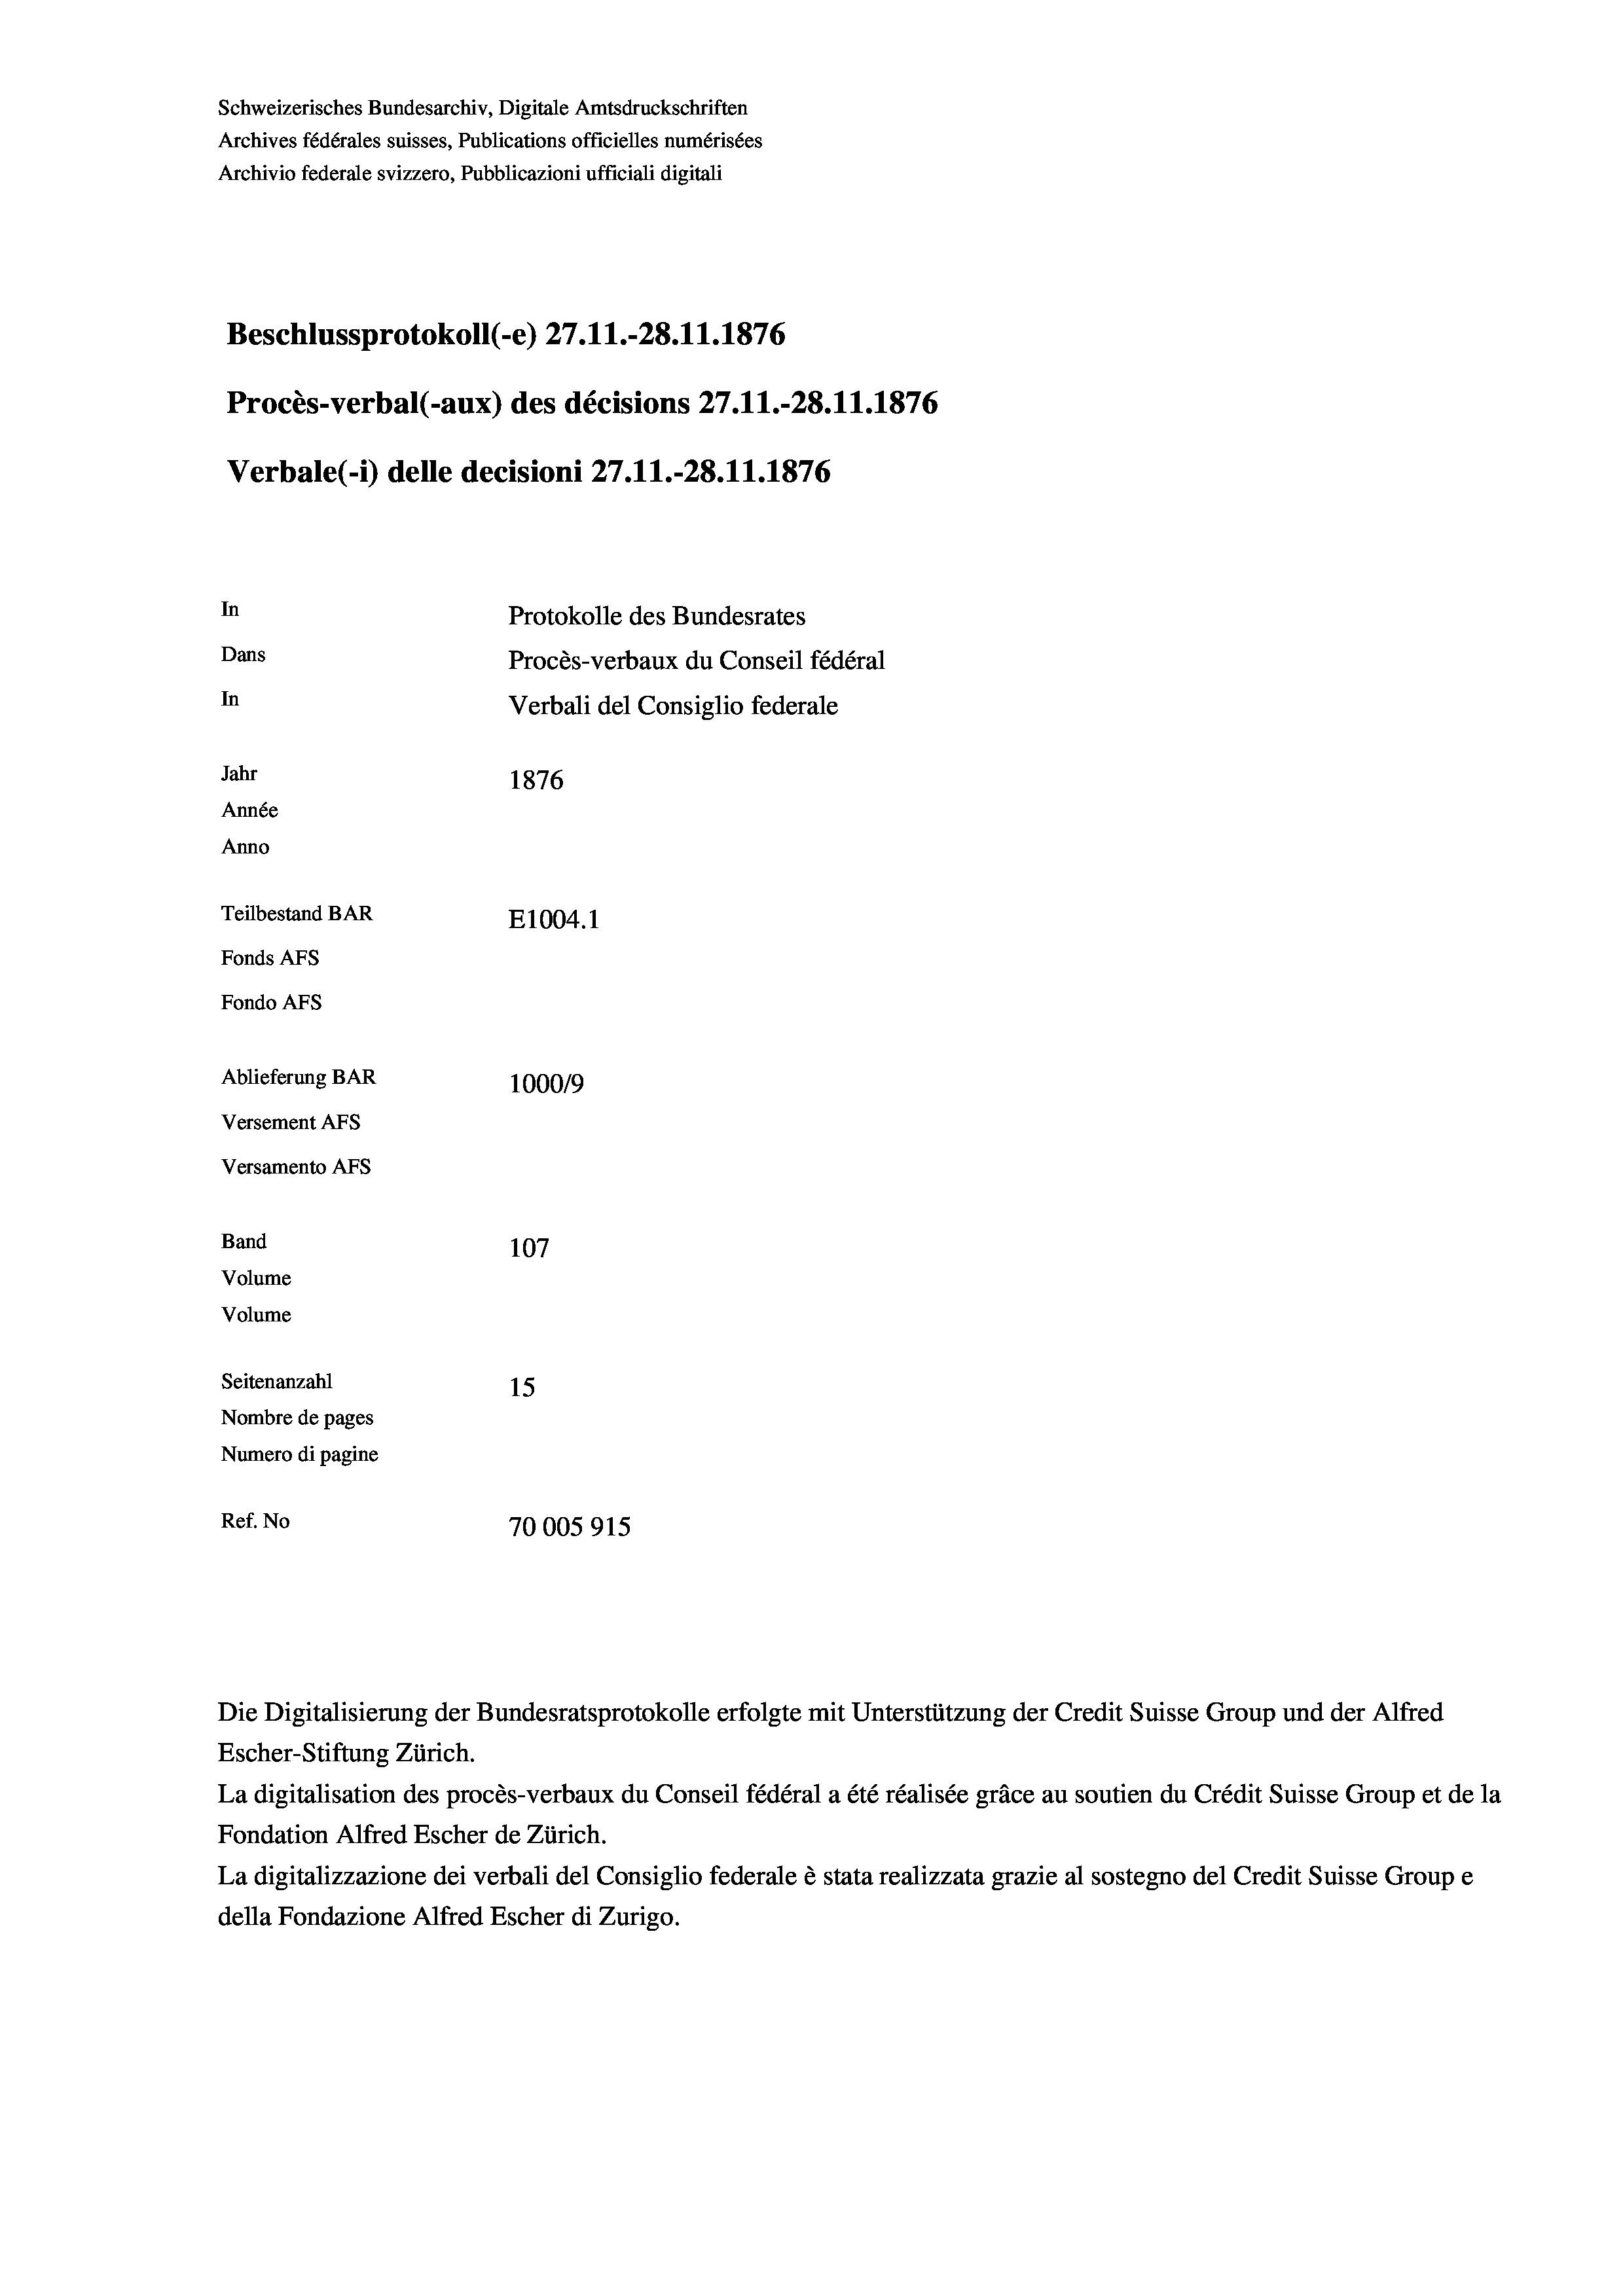
Schweizerisches Bundesarchiv, Digitale Amtsdruckschriften
Archives fédérales suisses, Publications officielles numérisées
Archivio federale svizzero, Pubblicazioni ufficiali digitali
Beschlussprotokoll (-e) 27. 11.-28.11.1876
Procès-verbal (-aux) des décisions 27.11.-28.11.1876
Verbale (- 1) delle decisioni 27.11.-28.11.1876
In
Protokolle des Bundesrates
Dans
Procès-verbaux du Conseil fédéral
In
Verbali del Consiglio federale
Jahr
1876
Année
Anno
Teilbestand BAR
E1004. 1
Fonds AFs
Fondo AFS
Ablieferung BAR
100019
Versement AFs
Versamento Afs
Band
107
Volume
Volume
Seitenanzahl
15
Nombre de pages
Numero di pagine
Ref. No
70005915

Escher-Stiftung Zürich.
La digitalisation des procès-verbaux du Conseil fédéral a été réalisée gräce au soutien du Crédit Suisse Group et de la
Fondation Alfred Escher de Zürich.
La digitalizzazione dei verbali del Consiglio federale è stata realizzata grazie al sostegno del Credit Suisse Groupe
della Fondazione Alfred Escher di Zurigo.

Die Digitalisierung der Bundesratsprotokolle erfolgte mit Unterstützung der Credit Suisse Group und der Alfred